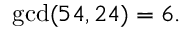
\operatorname* { g c d } ( 5 4 , 2 4 ) = 6 .